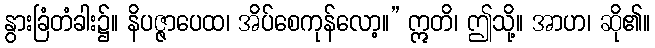
နွားခြံတံခါး၌။ နိပဇ္ဇာပေထ၊ အိပ်စေကုန်လော့။” ဣတိ၊ ဤသို့။ အာဟ၊ ဆို၏။